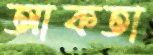
আকতা